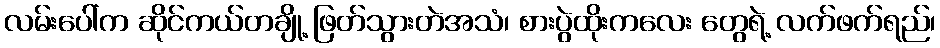
လမ်းပေါ်က ဆိုင်ကယ်တချို့ ဖြတ်သွားတဲအသံ၊ စားပွဲထိုးကလေး တွေရဲ့ လက်ဖက်ရည်၊